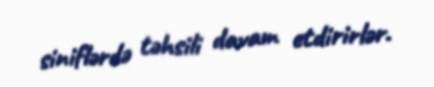
siniflərdə təhsili davam etdirirlər.